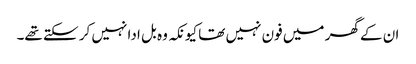
ان کے گھر میں فون نہیں تھا کیونکہ وہ بل ادا نہیں کر سکتے تھے۔